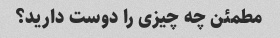
مطمئن چه چیزی را دوست دارید؟